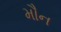
મૌન